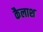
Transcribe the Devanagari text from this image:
कैलाश